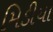
મિડીયા